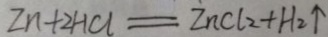
Z n + 2 H C l = Z n C l _ { 2 } + H _ { 2 } \uparrow